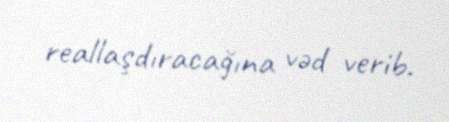
reallaşdıracağına vəd verib.